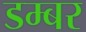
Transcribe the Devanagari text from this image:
डम्‍बर